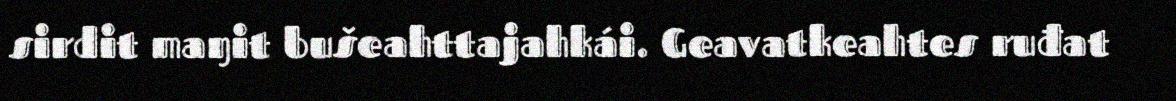
sirdit maŋit bušeahttajahkái. Geavatkeahtes ruđat